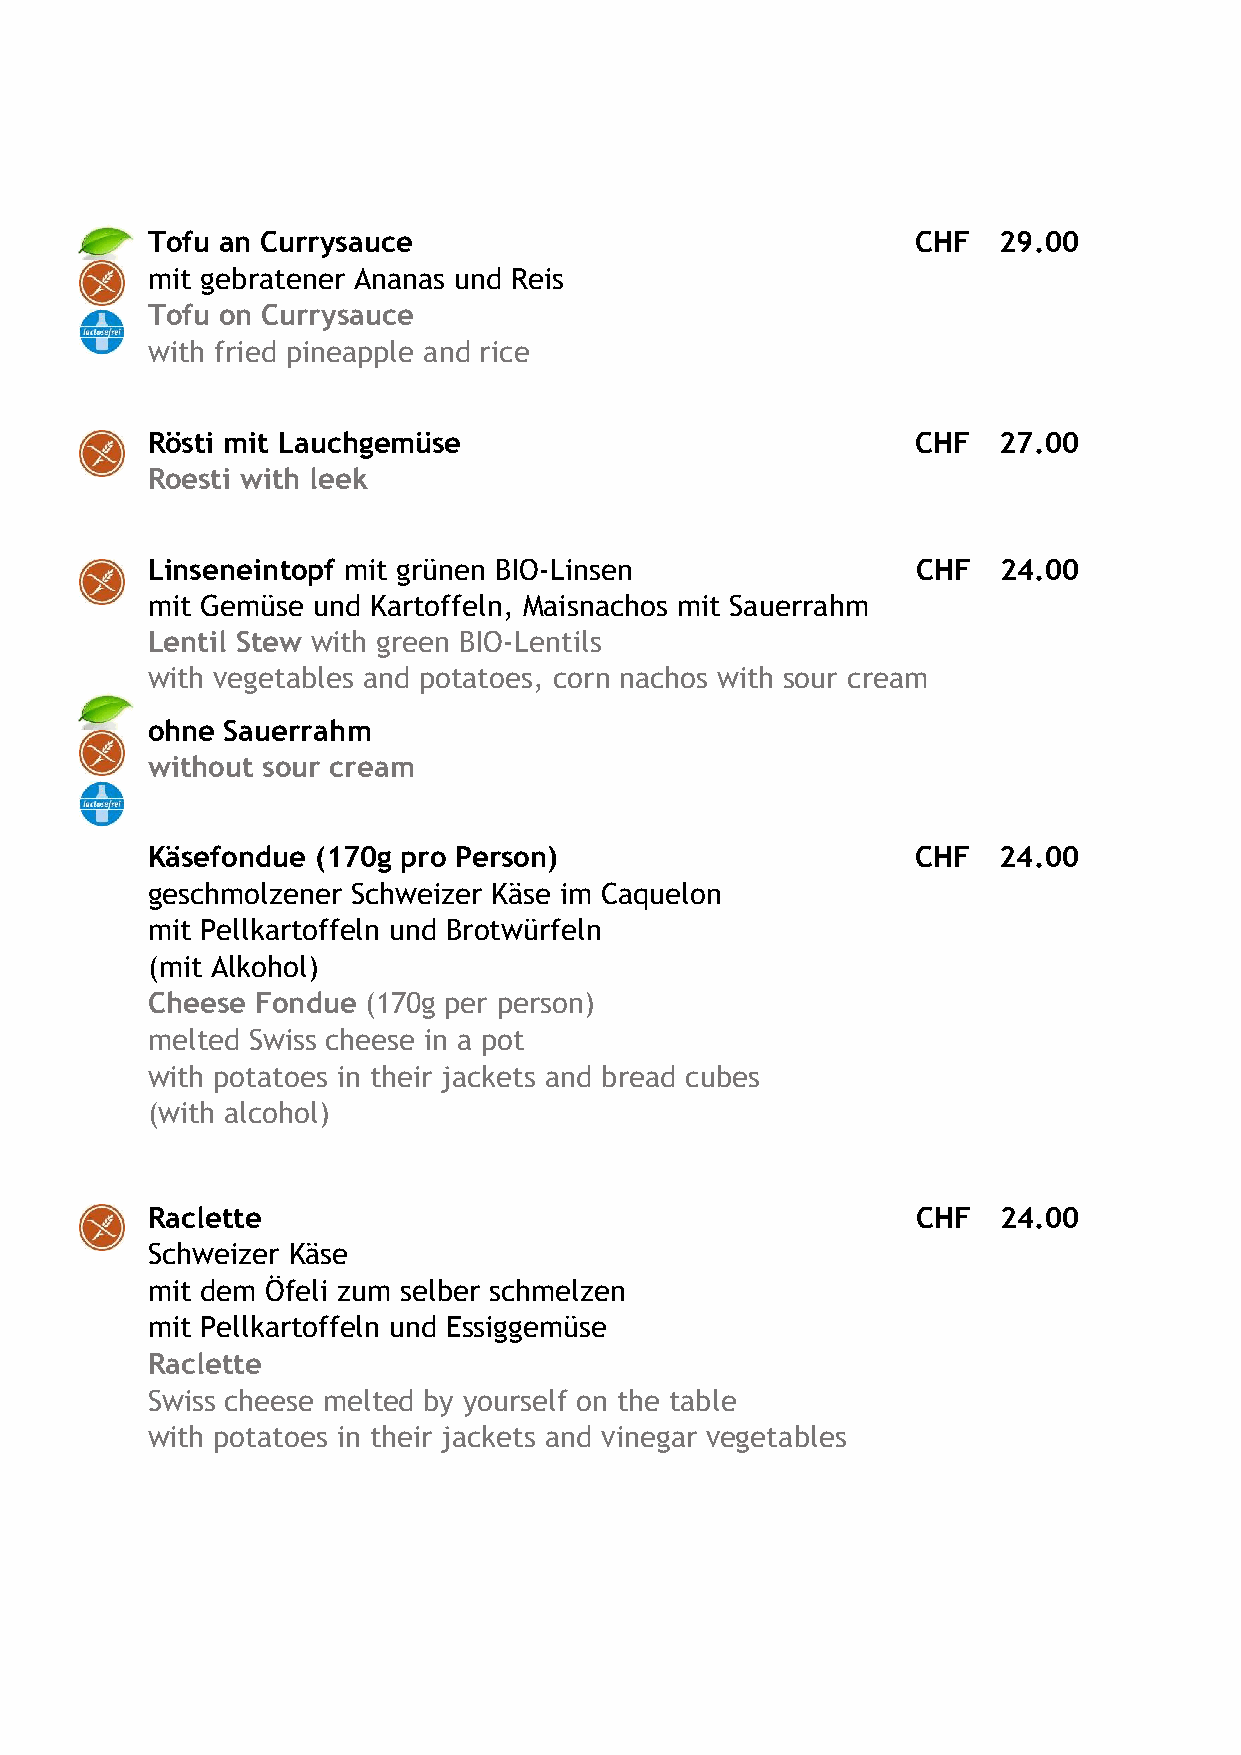
Tofu an Currysauce                                 CHF  29.00
 mit gebratener Ananas und Reis
 Tofu on Currysauce
 with fried pineapple and rice
 Rösti mit Lauchgemüse                              CHF  27.00
 Roesti with leek
 Linseneintopf mit grünen BIO-Linsen                CHF  24.00
 mit Gemüse und Kartoffeln, Maisnachos mit Sauerrahm
 Lentil Stew with green BIO-Lentils
 with vegetables and potatoes, corn nachos with sour cream
 ohne Sauerrahm
 without sour cream
 Käsefondue (170g pro Person)                       CHF  24.00
 geschmolzener Schweizer Käse im Caquelon
 mit Pellkartoffeln und Brotwürfeln
 (mit Alkohol)
 Cheese Fondue (170g per person)
 melted Swiss cheese in a pot
 with potatoes in their jackets and bread cubes
 (with alcohol)
 Raclette                                           CHF  24.00
 Schweizer Käse
 mit dem Öfeli zum selber schmelzen
 mit Pellkartoffeln und Essiggemüse
 Raclette
 Swiss cheese melted by yourself on the table
 with potatoes in their jackets and vinegar vegetables